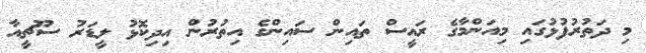
މި ދަތުރުފުޅުގައި މިއަންމާގެ ރައީސް ތައިން ސައިންގެ އިތުރުން އިދިކޮޅު ލީޑަރު ސޫޗީއާ